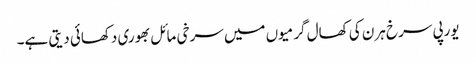
یورپی سرخ ہرن کی کھال گرمیوں میں سرخی مائل بھوری دکھائی دیتی ہے۔